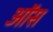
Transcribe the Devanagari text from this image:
ऑस